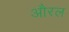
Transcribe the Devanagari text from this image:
औरल